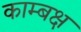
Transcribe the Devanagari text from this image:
काम्बक्ष